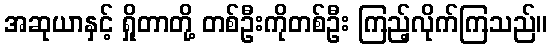
အဆုယာနှင့် ရှိုတာတို့ တစ်ဦးကိုတစ်ဦး ကြည့်လိုက်ကြသည်။